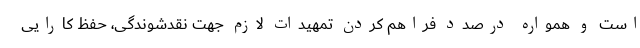
است و همواره درصدد فراهم کردن تمهیدات لازم جهت نقدشوندگی، حفظ کارایی